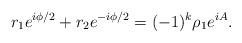
LaTeX: \begin{align*}r_1 e^{i\phi/2}+r_2e^{-i\phi/2}=(-1)^k\rho_1e^{iA}.\end{align*}